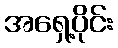
အရှေ့ပိုင်း